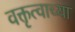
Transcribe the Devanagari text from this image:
वक्तृत्वाच्या